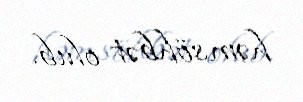
həmsöhbət olub.